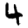
Digit: 4